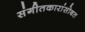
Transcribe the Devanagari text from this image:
संगीतकारांसोबत